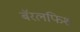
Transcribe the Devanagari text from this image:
बॅरलफिश